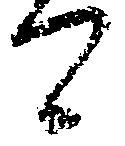
可